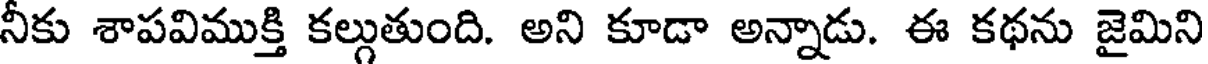
నీకు శాపవిముక్తి కల్గుతుంది. అని కూడా అన్నాడు. ఈ కథను జైమిని